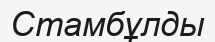
Стамбұлды